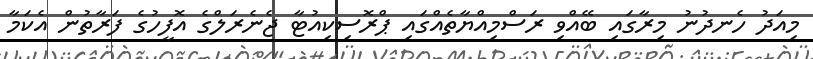
މިއަދު ހެނދުނު މިރާގައި ބޭއްވި ރަސްމިއްޔާތެއްގައި ޕްރޮސިކިއުޓާ ޖެނެރަލްގެ އޮފީހުގެ ފަރާތުން އެކަމާ